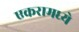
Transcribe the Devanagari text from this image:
एकरामध्ये